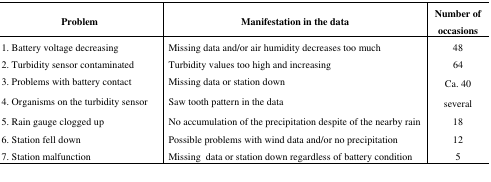
<table><thead><tr><td><b>Problem</b></td><td><b>Manifestation in the data</b></td><td><b>Number of occasions</b></td></tr></thead><tbody><tr><td>1. Battery voltage decreasing</td><td>Missing data and/or air humidity decreases too much</td><td>48</td></tr><tr><td>2. Turbidity sensor contaminated</td><td>Turbidity values too high and increasing</td><td>64</td></tr><tr><td>3. Problems with battery contact</td><td>Missing data or station down</td><td>Ca. 40</td></tr><tr><td>4. Organisms on the turbidity sensor</td><td>Saw tooth pattern in the data</td><td>several</td></tr><tr><td>5. Rain gauge clogged up</td><td>No accumulation of the precipitation despite of the nearby rain</td><td>18</td></tr><tr><td>6. Station fell down</td><td>Possible problems with wind data and/or no precipitation</td><td>12</td></tr><tr><td>7. Station malfunction</td><td>Missing data or station down regardless of battery condition</td><td>5</td></tr></tbody></table>